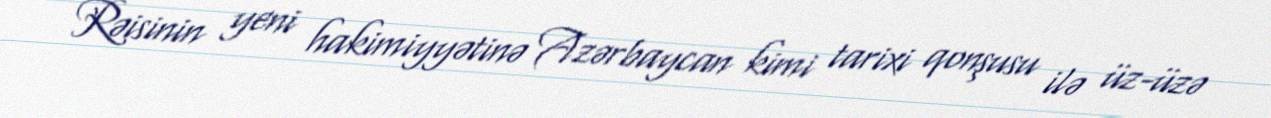
Rəisinin yeni hakimiyyətinə Azərbaycan kimi tarixi qonşusu ilə üz-üzə